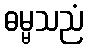
ဓမ္မသညံ